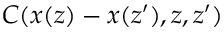
C ( x ( z ) - x ( z ^ { \prime } ) , z , z ^ { \prime } )